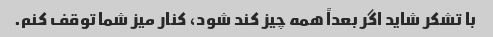
با تشکر شاید اگر بعداً همه چیز کند شود، کنار میز شما توقف کنم.